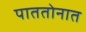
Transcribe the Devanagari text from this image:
पाततोनात